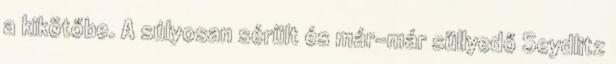
a kikötőbe. A súlyosan sérült és már-már süllyedő Seydlitz